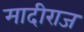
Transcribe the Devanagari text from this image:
मादीराज